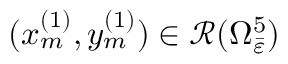
( x _ { m } ^ { ( 1 ) } , y _ { m } ^ { ( 1 ) } ) \in \mathcal { R } ( \Omega _ { \bar { \varepsilon } } ^ { 5 } )